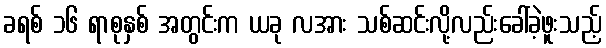
ခရစ် ၁၆ ရာစုနှစ် အတွင်းက ယခု လအား သစ်ဆင်းလို့လည်းခေါ်ခဲ့ဖူးသည့်